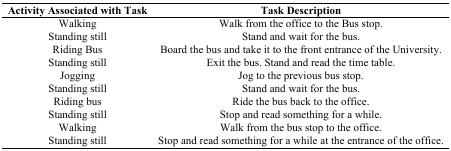
<table><thead><tr><td><b>Activity Associated with Task</b></td><td><b>Task Description</b></td></tr></thead><tbody><tr><td>Walking</td><td>Walk from the office to the Bus stop.</td></tr><tr><td>Standing still</td><td>Stand and wait for the bus.</td></tr><tr><td>Riding Bus</td><td>Board the bus and take it to the front entrance of the University.</td></tr><tr><td>Standing still</td><td>Exit the bus. Stand and read the time table.</td></tr><tr><td>Jogging</td><td>Jog to the previous bus stop.</td></tr><tr><td>Standing still</td><td>Stand and wait for the bus.</td></tr><tr><td>Riding bus</td><td>Ride the bus back to the office.</td></tr><tr><td>Standing still</td><td>Stop and read something for a while.</td></tr><tr><td>Walking</td><td>Walk from the bus stop to the office.</td></tr><tr><td>Standing still</td><td>Stop and read something for a while at the entrance of the office.</td></tr></tbody></table>